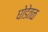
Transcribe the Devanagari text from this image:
घोडेतळ